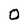
Character: 0